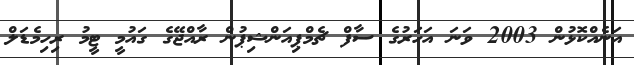
އަނެއްކޮޅުން 2003 ވަނަ އަހަރުގެ ސާފް ޗެމްޕިއަންޝިޕުން ރާއްޖޭގެ ގައުމީ ޓީމު ރިހިމެޑަލް